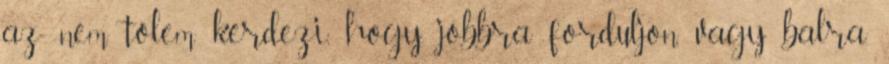
az nem tőlem kérdezi, hogy jobbra forduljon, vagy balra.